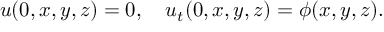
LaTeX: u ( 0 , x , y , z ) = 0 , \quad u _ { t } ( 0 , x , y , z ) = \phi ( x , y , z ) .